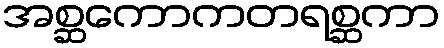
အစ္ဆကောကတရစ္ဆကာ